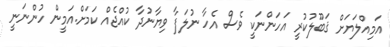
އަމިއްލަޔަށް ޤަބޫލުކުރީ އަހަންނަކީ ވެސް އެހާ ނުލަފާ ވިޔާނުދާ ކުއްޖެއް ކަމަށް.އަމީން ހުންނަނީ